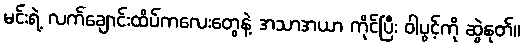
မင်းရဲ့ လက်ချောင်းထိပ်ကလေးတွေနဲ့ အသာအယာ ကိုင်ပြီး ဝါပွင့်ကို ဆွဲနုတ်။